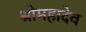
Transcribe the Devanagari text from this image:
श्रीमहादेव